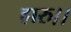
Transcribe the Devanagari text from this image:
हारु।।